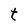
Character: t